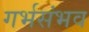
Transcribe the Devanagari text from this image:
गर्भसंभव